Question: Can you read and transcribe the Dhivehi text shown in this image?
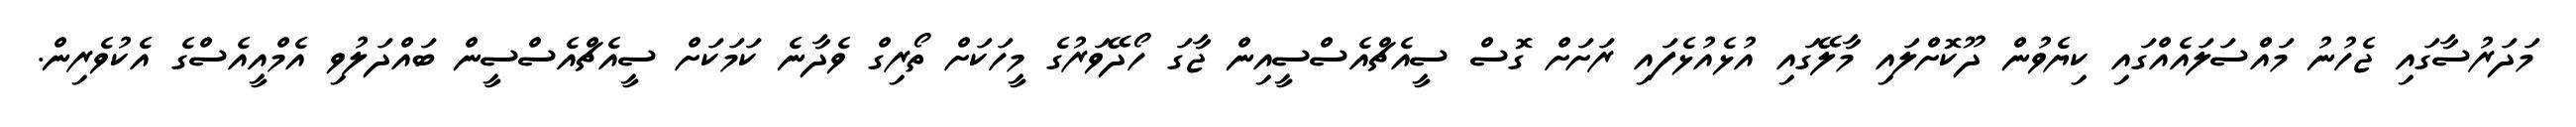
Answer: މަދަރުސާގައި ޖެހުނު މައްސަލައެއްގައި ކިޔެވުން ދޫކޮށްލައި މާލޭގައި އުޅެއުޅެފައި ރަށަށް ގޮސް ސީއެޗްއެސްސީއިން ޖާގަ ހޯދޭވަރުގެ މީހަކަށް ތޯރިގް ވެދާނެ ކަމަކަށް ސީއެޗްއެސްސީން ބައްދަލުވި އެމްއީއެސްގެ އެކުވެރިން.